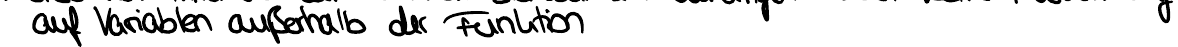
auf Variablen außerhalb der Funktion